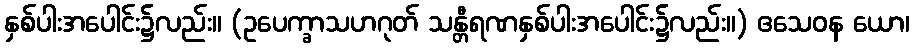
နှစ်ပါးအပေါင်း၌လည်း။ (ဥပေက္ခာသဟဂုတ် သန္တီရဏနှစ်ပါးအပေါင်း၌လည်း။) ဧသေဝန ယော၊